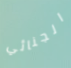
الجنائي